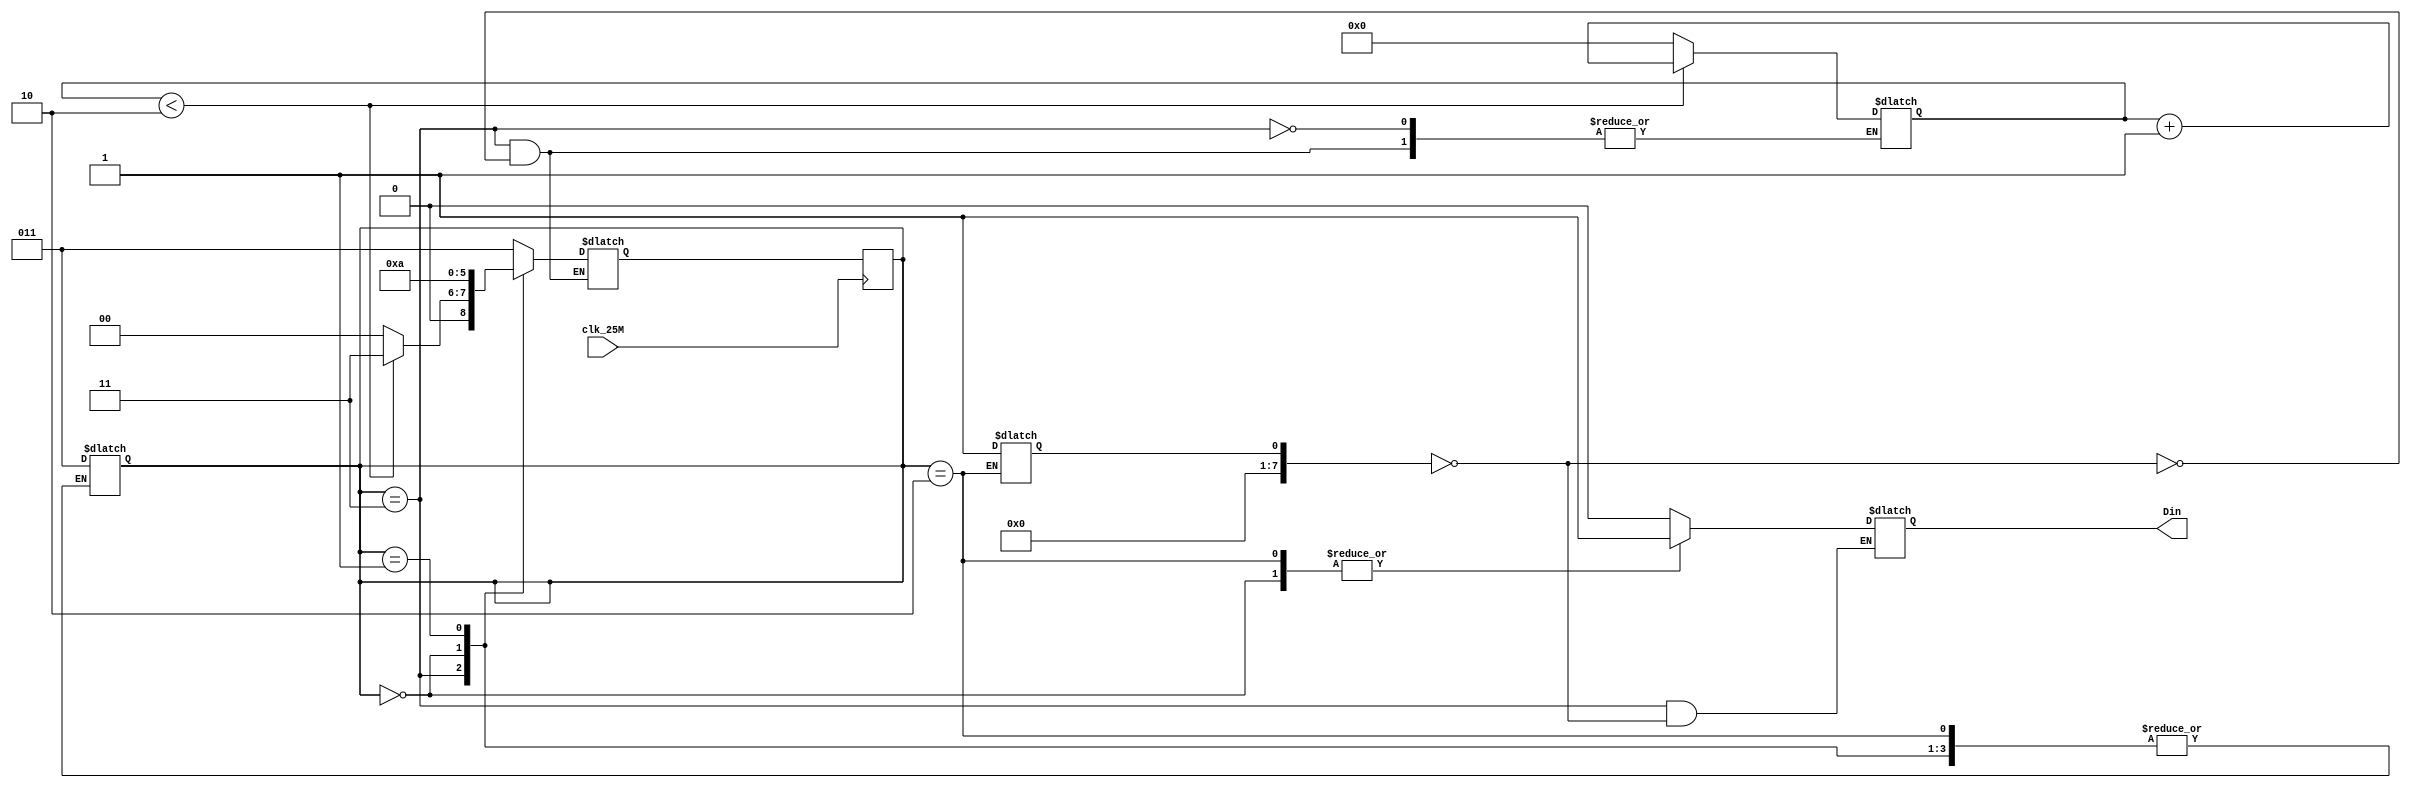
module DIN(
input clk_25M,
output Din);

reg [7:0] counter = 0;
reg [7:0] count = 0;

parameter bit1 = 3'b000, bit2 = 3'b001, bit3 = 3'b010, idle = 3'b011;
reg [2:0] c_state, n_state;
reg out;

assign Din = out;

always @(negedge clk_25M)
begin

 c_state <= n_state; // otherwise, next state
end 

always @(c_state)
begin
	case(c_state)
		default: begin
		
		c_state <=idle;
		n_state <= idle;
		out <= 0;
		
		end
		
		idle : begin
		if(count == 0) begin
		if (counter < 2) begin
			counter <= counter + 1;
			n_state <= idle;
		end
		else begin
			counter <= 0;
			n_state <= bit1;
		end
		end
		
		else begin
		out<= 0;
		end
		
		end
		
		bit1: begin
		out <= 1;
		n_state <= bit2;
		end
		
		bit2: begin
		out <= 0;
		n_state <= bit3;
		end
		
		bit3: begin 
		out <=1;
		count <= 1;
		n_state <= idle;
		end
		
		endcase
		end
		
endmodule